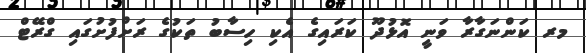
މރ ކަންނަގާރާ ވަނީ އޮޅުދޫ ކަރައިގެ އެކި ހިސާބު ތަކުގެ ރަށްފުށުގައި ގްރޭޓް